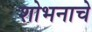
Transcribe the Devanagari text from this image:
शोभनाचे